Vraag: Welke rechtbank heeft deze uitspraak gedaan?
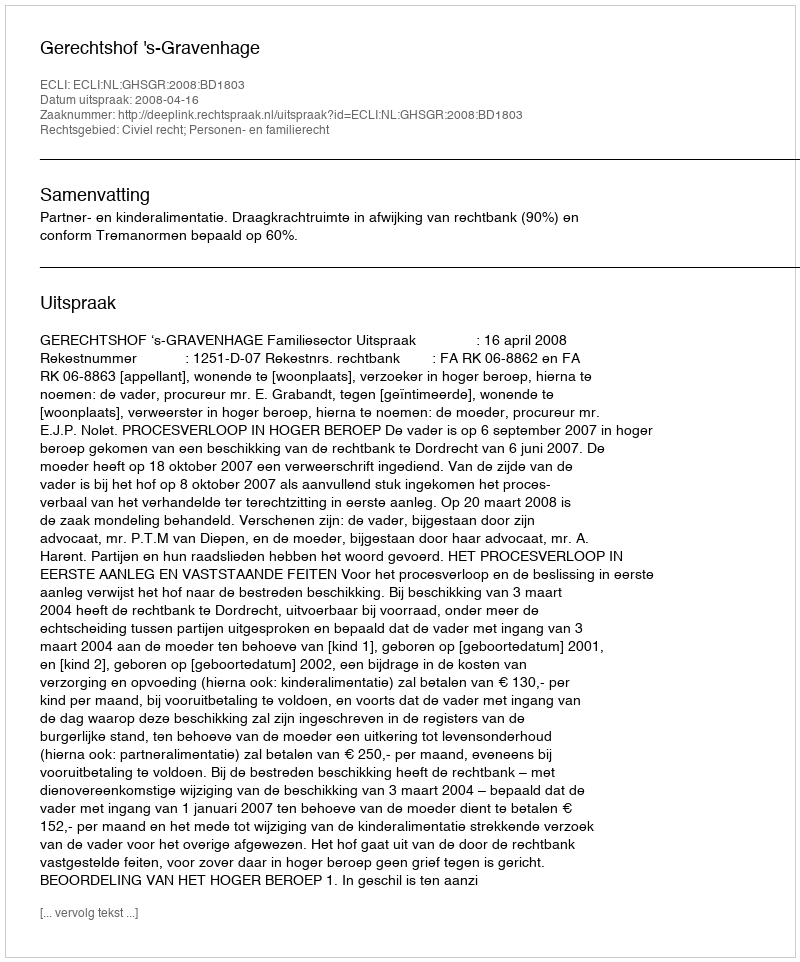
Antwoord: Gerechtshof 's-Gravenhage